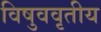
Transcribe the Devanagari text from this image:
विषुववृतीय